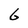
Character: 6